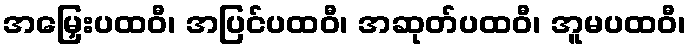
အမြှေးပထဝီ၊ အပြင်ပထဝီ၊ အဆုတ်ပထဝီ၊ အူမပထဝီ၊